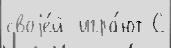
своjе́й  игра́ют С